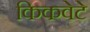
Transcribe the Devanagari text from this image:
किकवेटे